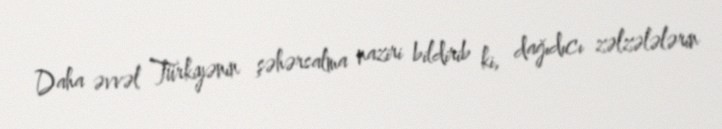
Daha əvvəl Türkiyənin şəhərsalma naziri bildirib ki, dağıdıcı zəlzələlərin